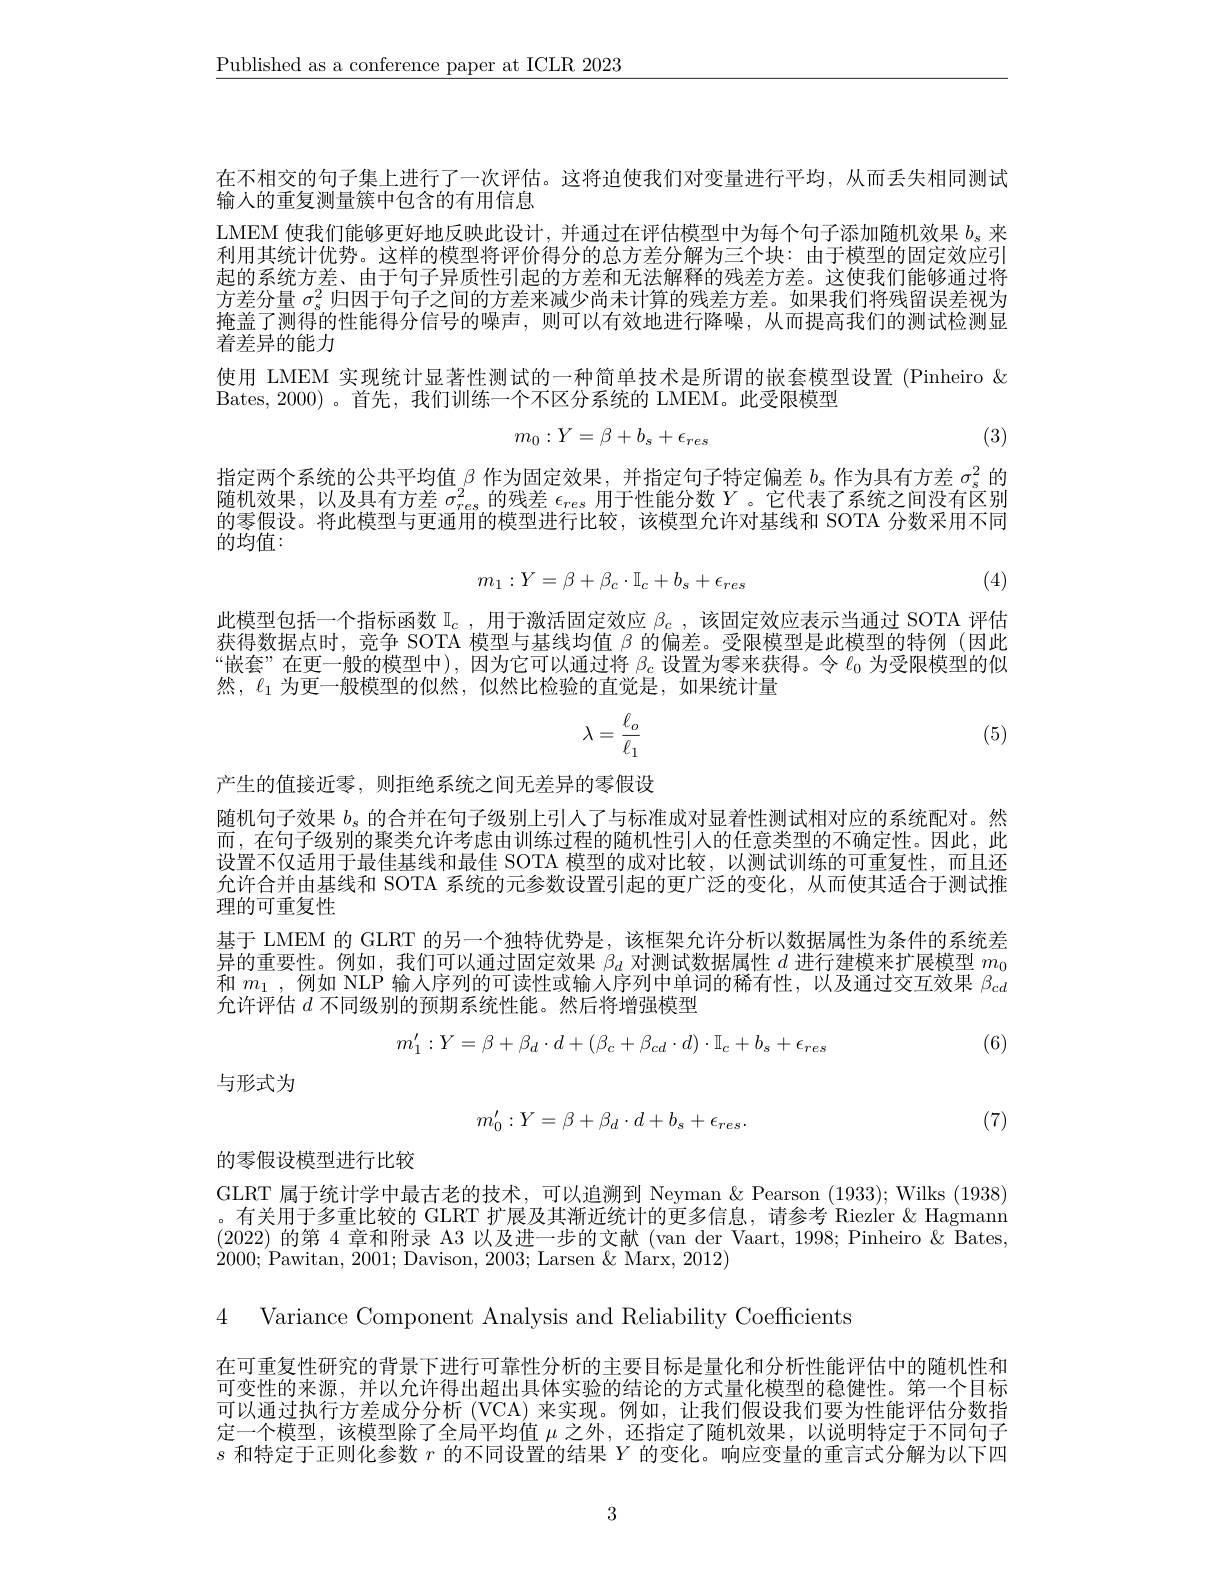
$\underline{\text{Published as a conference paper at ICLR 2023}}$

在不相交的句子集上进行了一次评估。这将迫使我们对变量进行平均，从而丢失相同测试
输入的重复测量簇中包含的有用信息
LMEM 使我们能够更好地反映此设计，并通过在评估模型中为每个句子添加随机效果$b_\mathrm{s}$来利用其统计优势。这样的模型将评价得分的总方差分解为三个块：由于模型的固定效应引起的系统方差、由于句子异质性引起的方差和无法解释的残差方差。这使我们能够通过将方差分量$\sigma_s^2$归因于句子之间的方差来减少尚未计算的残差方差。如果我们将残留误差视为掩盖了测得的性能得分信号的噪声，则可以有效地进行降噪，从而提高我们的测试检测显着差异的能力
使用 LMEM 实现统计显著性测试的一种简单技术是所谓的嵌套模型设置 (Pinheiro &
Bates, 2000) 。首先，我们训练一个不区分系统的 LMEM。此受限模型
$$m_0:Y=\beta+b_s+\epsilon_{res}$$
(3)

指定两个系统的公共平均值$\beta$作为固定效果，并指定句子特定偏差$b_s$作为具有方差$\sigma_s^2$的随机效果，以及具有方差$\sigma_res^2$的残差$\epsilon_res$用于性能分数$Y$ 。它代表了系统之间没有区别的零假设。将此模型与更通用的模型进行比较，该模型允许对基线和 SOTA 分数采用不同的均值：
$$m_{1}:Y=\beta+\beta_{c}\cdot\mathbb{I}_{c}+b_{s}+\epsilon_{res}$$
(4)

此模型包括一个指标函数$\mathbb{I}_c$,用于激活固定效应$\beta_c$,该固定效应表示当通过 SOTA 评估获得数据点时，竞争 SOTA 模型与基线均值$\beta$的偏差。受限模型是此模型的特例(因此“嵌套”在更一般的模型中),因为它可以通过将$\beta_c$设置为零来获得。令$\ell_0$为受限模型的似然，$\ell_1$为更一般模型的似然，似然比检验的直觉是，如果统计量
$$\lambda=\frac{\ell_o}{\ell_1}$$
(5)

产生的值接近零，则拒绝系统之间无差异的零假设

随机句子效果$b_\mathrm{s}$的合并在句子级别上引人了与标准成对显着性测试相对应的系统配对。然而，在句子级别的聚类允许考虑由训练过程的随机性引入的任意类型的不确定性。因此，此设置不仅适用于最佳基线和最佳 SOTA 模型的成对比较，以测试训练的可重复性，而且还允许合并由基线和 SOTA 系统的元参数设置引起的更广泛的变化，从而使其适合于测试推理的可重复性
基于 LMEM 的 GLRT 的另一个独特优势是，该框架允许分析以数据属性为条件的系统差异的重要性。例如，我们可以通过固定效果$\beta_d$对测试数据属性$d$进行建模来扩展模型$m_0$ 和$m_1$,例如 NLP 输入序列的可读性或输人序列中单词的稀有性，以及通过交互效果$\beta_{\mathrm{c}d}$ 允许评估$d$不同级别的预期系统性能。然后将增强模型

(6)
$$m_{1}':Y=\beta+\beta_{d}\cdot d+(\beta_{c}+\beta_{cd}\cdot d)\cdot\mathbb{I}_{c}+b_{s}+\epsilon_{res}$$
与形式为
$$m_0':Y=\beta+\beta_d\cdot d+b_s+\epsilon_{res}.$$
(7)

的零假设模型进行比较

GLRT 属于统计学中最古老的技术，可以追溯到 Neyman &Pearson (1933); Wilks (1938) 。有关用于多重比较的 GLRT 扩展及其渐近统计的更多信息，请参考 Riezler & Hagmann (2022)的第 4 章和附录 A3 以及进一步的文献 (van der Vaart, 1998; Pinheiro $\&$ Bates, 2000;Pawitan, 2001; Davison, 2003; Larsen $\&$ Marx, 2012)

4 Variance Component Analysis and Reliability Coefficients

在可重复性研究的背景下进行可靠性分析的主要目标是量化和分析性能评估中的随机性和可变性的来源，并以允许得出超出具体实验的结论的方式量化模型的稳健性。第一个目标可以通过执行方差成分分析 (VCA) 来实现。例如，让我们假设我们要为性能评估分数指定一个模型，该模型除了全局平均值$\mu$之外，还指定了随机效果，以说明特定于不同句子$s$和特定于正则化参数$r$的不同设置的结果$Y$的变化。响应变量的重言式分解为以下四

3